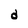
Character: d